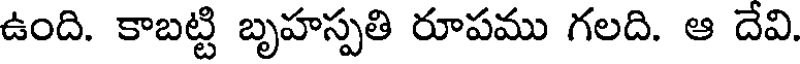
ఉంది. కాబట్టి బృహస్పతి రూపము గలది. ఆ దేవి.